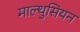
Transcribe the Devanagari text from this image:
माल्थुसियन